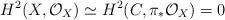
LaTeX: \begin{align*}H^2(X, \mathcal{O}_X) \simeq H^2(C, \pi_*\mathcal{O}_X) = 0\end{align*}